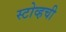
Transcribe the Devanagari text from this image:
स्टोव्हची